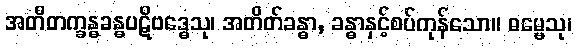
အတီတက္ခန္ဓခန္ဓပဋိဗဒ္ဓေသု၊ အတိတ်ခန္ဓာ, ခန္ဓာနှင့်စပ်ကုန်သော။ ဓမ္မေသု၊